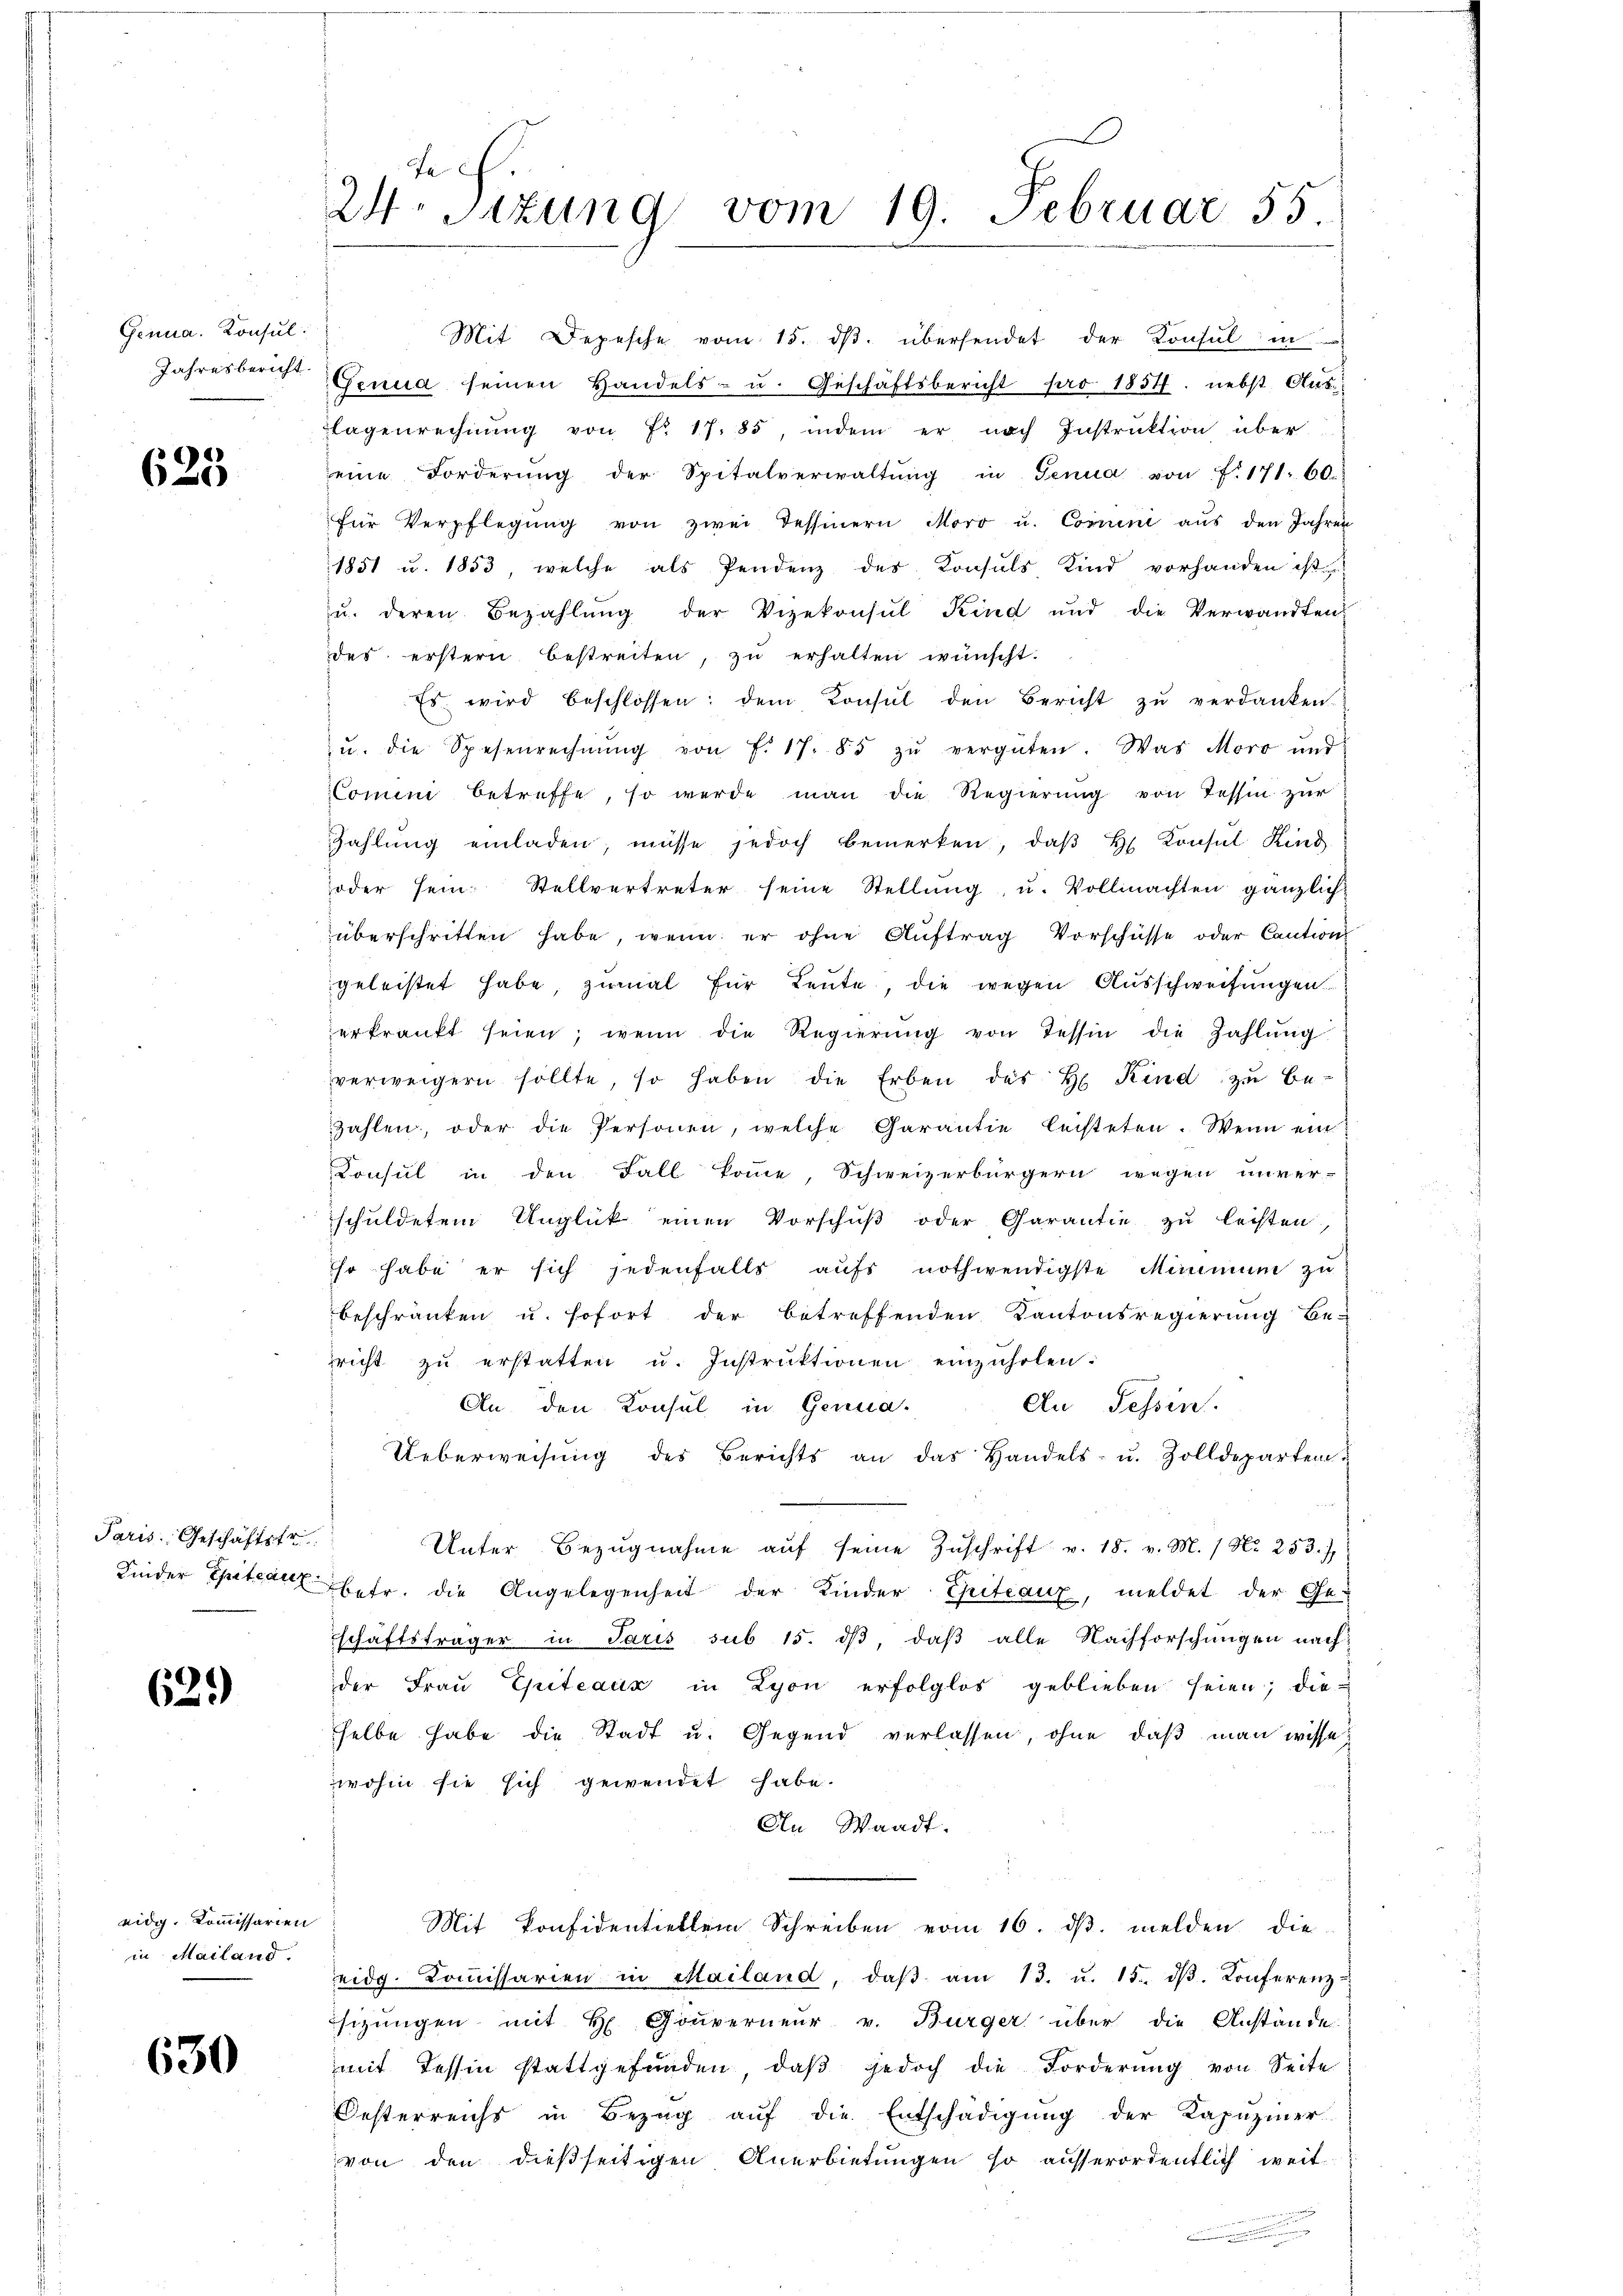
Genua, Konsul

625

Paris Geschäftstr

62.)

eidg. Kommissarien
in Mailand.

630

se
24. Sitzung vom 19. Februar 55.

Mit Depesche vom 15. dβ. übersendet der Konsul in
Jahresbericht Genua seinen Handels- u. Geschäftsbericht pro 1857. nebst Aus-
lagenrechnŭng von Fr. 17. 85, indem er nach Instruktion über
eine Forderŭng der Spitalverwaltŭng in Genua von 171. 60.
für Verpflegŭng von zwei Tessinern Moro u. Commini aus den Jahren
1851 u. 1853, welche als Pendenz des Konsuls Kind vorhanden ist
u. deren Bezahlŭng der Vizekonsul Kind und die Verwandten
des erstern bestreiten, zŭ erhalten wünscht.
Es wird beschlossen: dem Konsul den Bericht zŭ verdanken-
u. die Spesenrechnŭng von f. 17. 85 zŭ vergüten. Was Moro und
Comini betreffe, so werde man die Regierung von Tessin zur
Zahlŭng einladen, müsse jedoch bemerken, daβ hr. Konsul Kind
oder sein: Stellvertreter seine Stellŭng, u. Vollmachten gänzlich-
überschritten habe, wenn er ohne Aŭftrag Vorschüsse oder Caution
geleistet habe, zumal für Leute, die wegen Ausschweifungen
erkrankt seien, wenn die Regierŭng von Tessin die Zahlŭng
verweigern sollte, so haben die Erben des H. Kind zu be-
zahlen, oder die Personen, welche Garantie leisteten. Wenn ein
Konsul in den Fall komme, Schweizerbürgern wegen unver-
schuldetem Unglück einen Vorschuß oder Garantie zu leisten,
Ihr habe er sich jedenfalls aŭfs nothwendigste Minimum zŭ
beschränken u. sofort der betreffenden Kantonsregierung be-
richt zŭ erstatten u. Instrŭktionen einzŭholen.
An den Konsul in Genua-
An Tessin.
Ueberweisŭng des Berichts an das Handels- u. Zolldepartem
Unter Bezŭgnahme aŭf seine Zŭschrift v. 18. v. M. / Nr. 253. 7
Finder Spital betr. die Angelegenheit der Kinder Chitcanz, meldet der Ge-
schäftsträger in Paris sub 15. dβ, daß alle Nachforschungen nach
der Fraŭ Epiteaux in Lyon erfolglos geblieben seien; die
selbe habe die Stadt u. Gegend verlassen, ohne daß man wisse
wohin sie sich gewendet habe.
An Waadt.
Mit Konfidentiellem Schreiben vom 16. ds. melden die
eidg. Koṁissarien in Mailand, daβ am 13. u. 15. dβ. Konferenz
sizungen mit H. Gouverneur v. Bürger über die Anstände
mit Tessin stattgefunden, daß jedoch die Forderung von Seite
Oesterreichs in Bezŭg aŭf die Entschädigŭng der Kapuziner
von den dießseitigen Anerbietungen so ausserordentlich weit